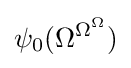
\psi _{0}(\Omega ^{\Omega ^{\Omega }})